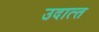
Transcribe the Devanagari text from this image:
उदात्‍त